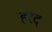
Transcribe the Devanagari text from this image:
हरद